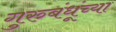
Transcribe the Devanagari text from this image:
गुरुबंधूंच्या